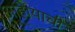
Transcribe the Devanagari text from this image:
आहे।याची